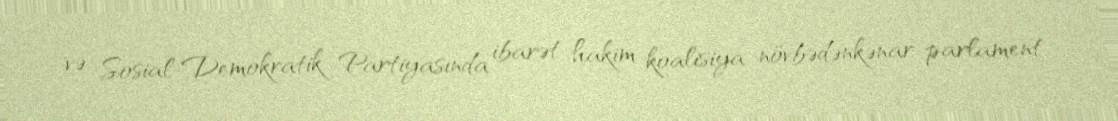
və Sosial-Demokratik Partiyasında ibarət hakim koalisiya növbədənkənar parlament